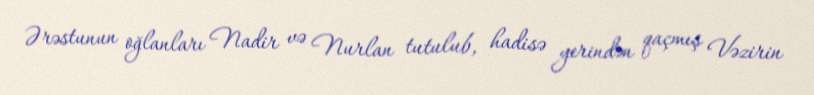
Ərəstunun oğlanları Nadir və Nurlan tutulub, hadisə yerindən qaçmış Vəzirin